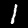
Label: 1